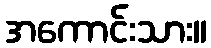
အကောင်းသား။